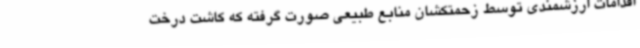
اقدامات ارزشمندی توسط زحمتکشان منابع طبیعی صورت گرفته که کاشت درخت